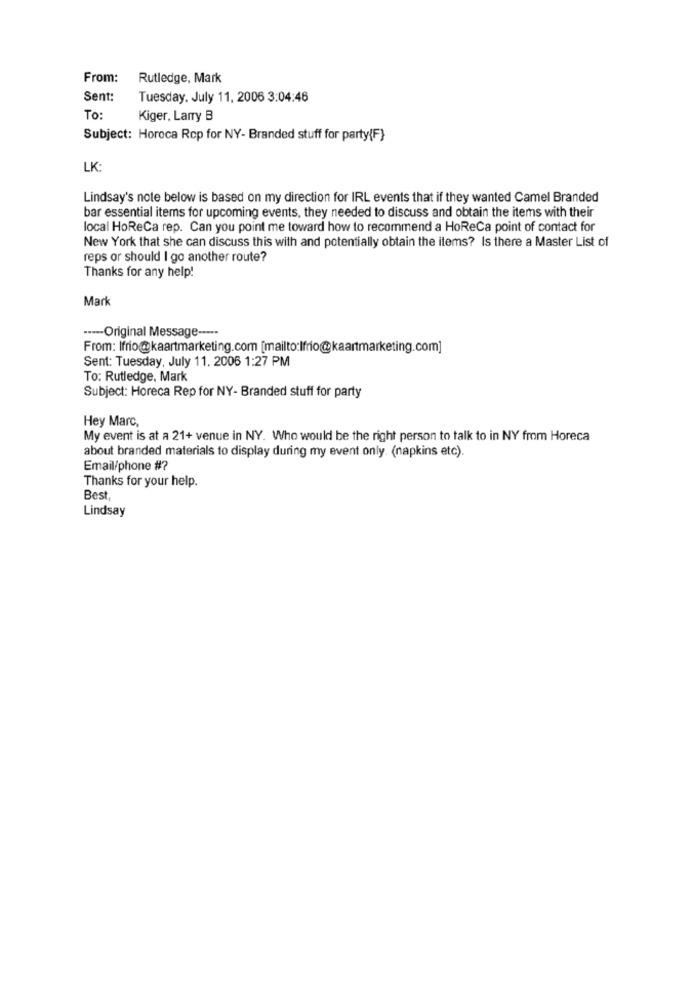
From:
Rutledge, Mark
Sent:
Tuesday, July 11, 2006 3:04:46
To:
Kiger, Larry B
Subject: Horeca Rop for NY- Branded stuff for party{F}
LK:
Lindsay's note below is based on my direction for IRL events that if they wanted Camel Branded
bar essential items for upcoming events, they needed to discuss and obtain the items with their
local HoReCa rep. Can you point me toward how to recommend a HoReCa point of contact for
New York that she can discuss this with and potentially obtain the items? Is there a Master List of
reps or should I go another route?
Thanks for any help!
Mark
----- Original Message -----
From: Ifrio@kaartmarketing.com [mailto:Ifrio@kaartmarketing.com]
Sent: Tuesday, July 11. 2006 1:27 PM
To: Rutledge, Mark
Subject: Horeca Rep for NY- Branded stuff for party
Hey Marc,
My event is at a 21+ venue in NY. Who would be the right person to talk to in NY from Horeca
about branded materials to display during my event only. (napkins etc).
Email/phone #?
Thanks for your help.
Best
Lindsay